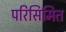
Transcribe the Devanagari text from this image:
परिसिमित